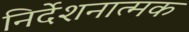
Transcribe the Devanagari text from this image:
निर्देशनात्मक